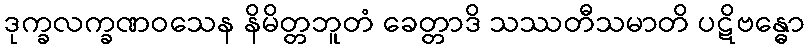
ဒုက္ခလက္ခဏဝသေန နိမိတ္တဘူတံ ခေတ္တာဒိ သဿတီသမာတိ ပဋိဗန္ဓော